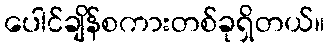
ပေါင်ချိန်စကားတစ်ခုရှိတယ်။